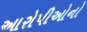
આરોપીઓનો